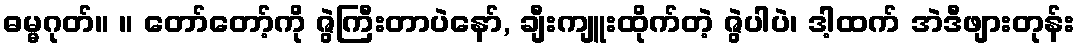
ဓမ္မဂုတ်။ ။ တော်တော့်ကို ဇွဲကြီးတာပဲနော်, ချီးကျူးထိုက်တဲ့ ဇွဲပါပဲ၊ ဒါ့ထက် အဲဒီဖျားတုန်း